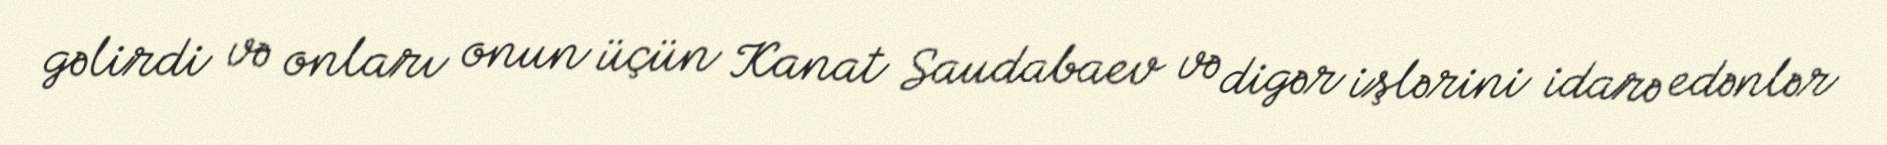
gəlirdi və onları onun üçün Kanat Saudabaev və digər işlərini idarə edənlər